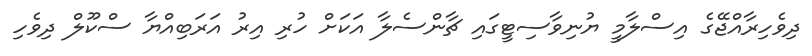
ދިވެހިރާއްޖޭގެ އިސްލާމީ ޔުނިވާސިޓީގައި ޗާންސެލާ އަކަށް ހުރި އިރު އަރަބިއްޔާ ސްކޫލް ދިވެހި